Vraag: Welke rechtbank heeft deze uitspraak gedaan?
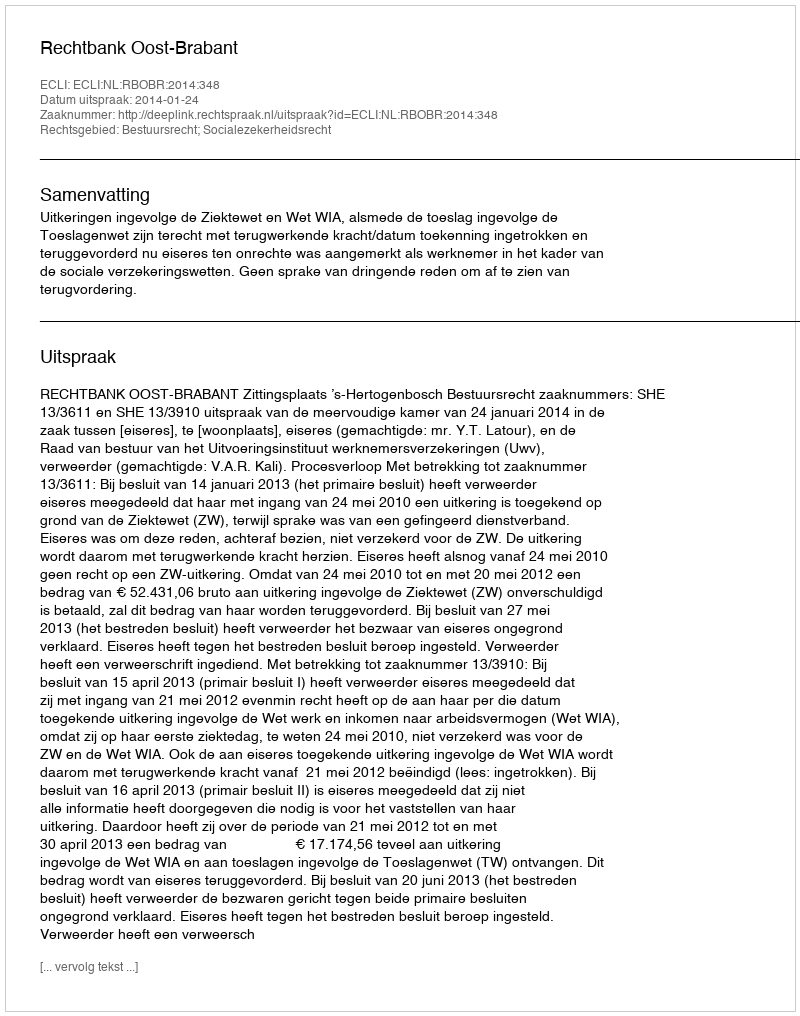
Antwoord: Rechtbank Oost-Brabant